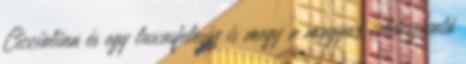
Cicciolina és egy luxusfeleség is megy a magyar celebszívató